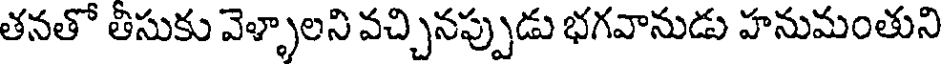
తనతో తీసుకు వెళ్ళాలని వచ్చినప్పుడు భగవానుడు హనుమంతుని